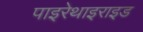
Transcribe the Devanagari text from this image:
पाइरेथाइराइड